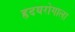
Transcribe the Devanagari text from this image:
हृदयरोगाला